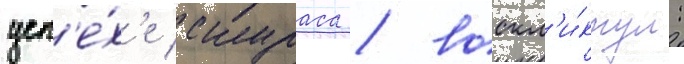
усп'е́х'е скураса / воскл'и́кнул: